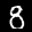
Label: 8